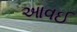
આવઈ